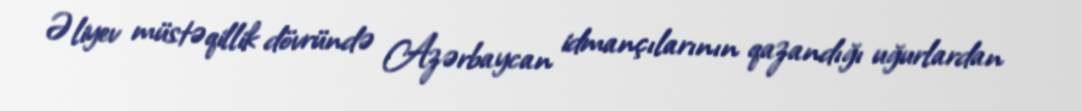
Əliyev müstəqillik dövründə Azərbaycan idmançılarının qazandığı uğurlardan